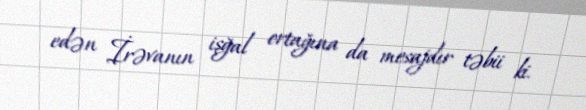
edən İrəvanın işğal ortağına da mesajdır təbii ki.